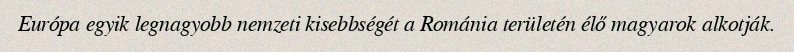
Európa egyik legnagyobb nemzeti kisebbségét a Románia területén élő magyarok alkotják.